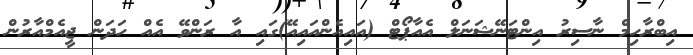
އިބްރާހިމް ނާސިރު އިންޓަނޭޝަނަލް އެއާޕޯޓް (އައިއެންއައިއޭ)ގައި އާ ރަންވޭ އެއް ހަދަން ޖީއެމްއާރުން